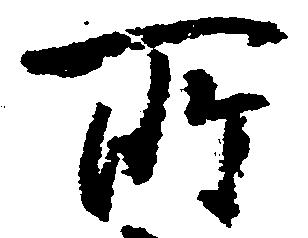
所